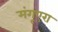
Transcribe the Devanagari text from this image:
मंगूएरा